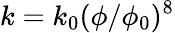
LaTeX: k=k_{0}(\phi/\phi_{0})^{8}